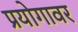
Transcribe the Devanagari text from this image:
प्रयोगावर